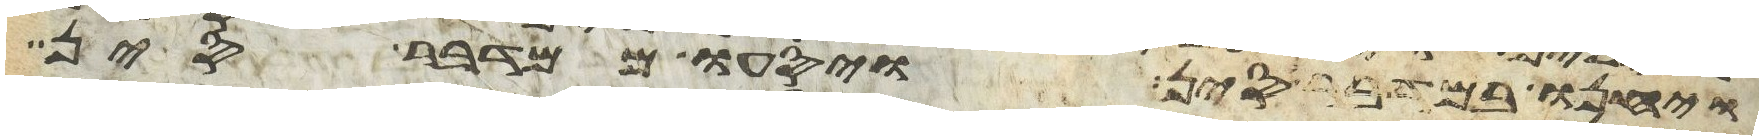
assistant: ויחנו במדבר סין ויסעו ממדבר סין